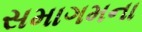
સમાગમના